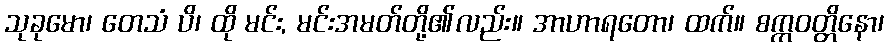
သုခုမော၊ တေသံ ပိ၊ ထို မင်း, မင်းအမတ်တို့၏လည်း။ အာဟာရတော၊ ထက်။ စက္ကဝတ္တိနော၊